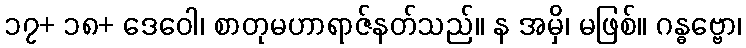
၁၇+ ၁၈+ ဒေဝေါ၊ စာတုမဟာရာဇ်နတ်သည်။ န အမှိ၊ မဖြစ်။ ဂန္ဓဗ္ဗော၊